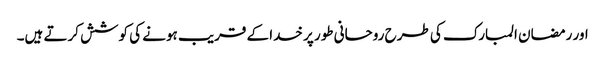
اور رمضان المبارک کی طرح روحانی طور پر خدا کے قریب ہونے کی کوشش کرتے ہیں۔